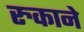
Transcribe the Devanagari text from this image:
रुकाने